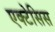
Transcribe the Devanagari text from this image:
एक्टेसिस